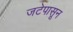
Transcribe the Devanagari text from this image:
जटेपासून